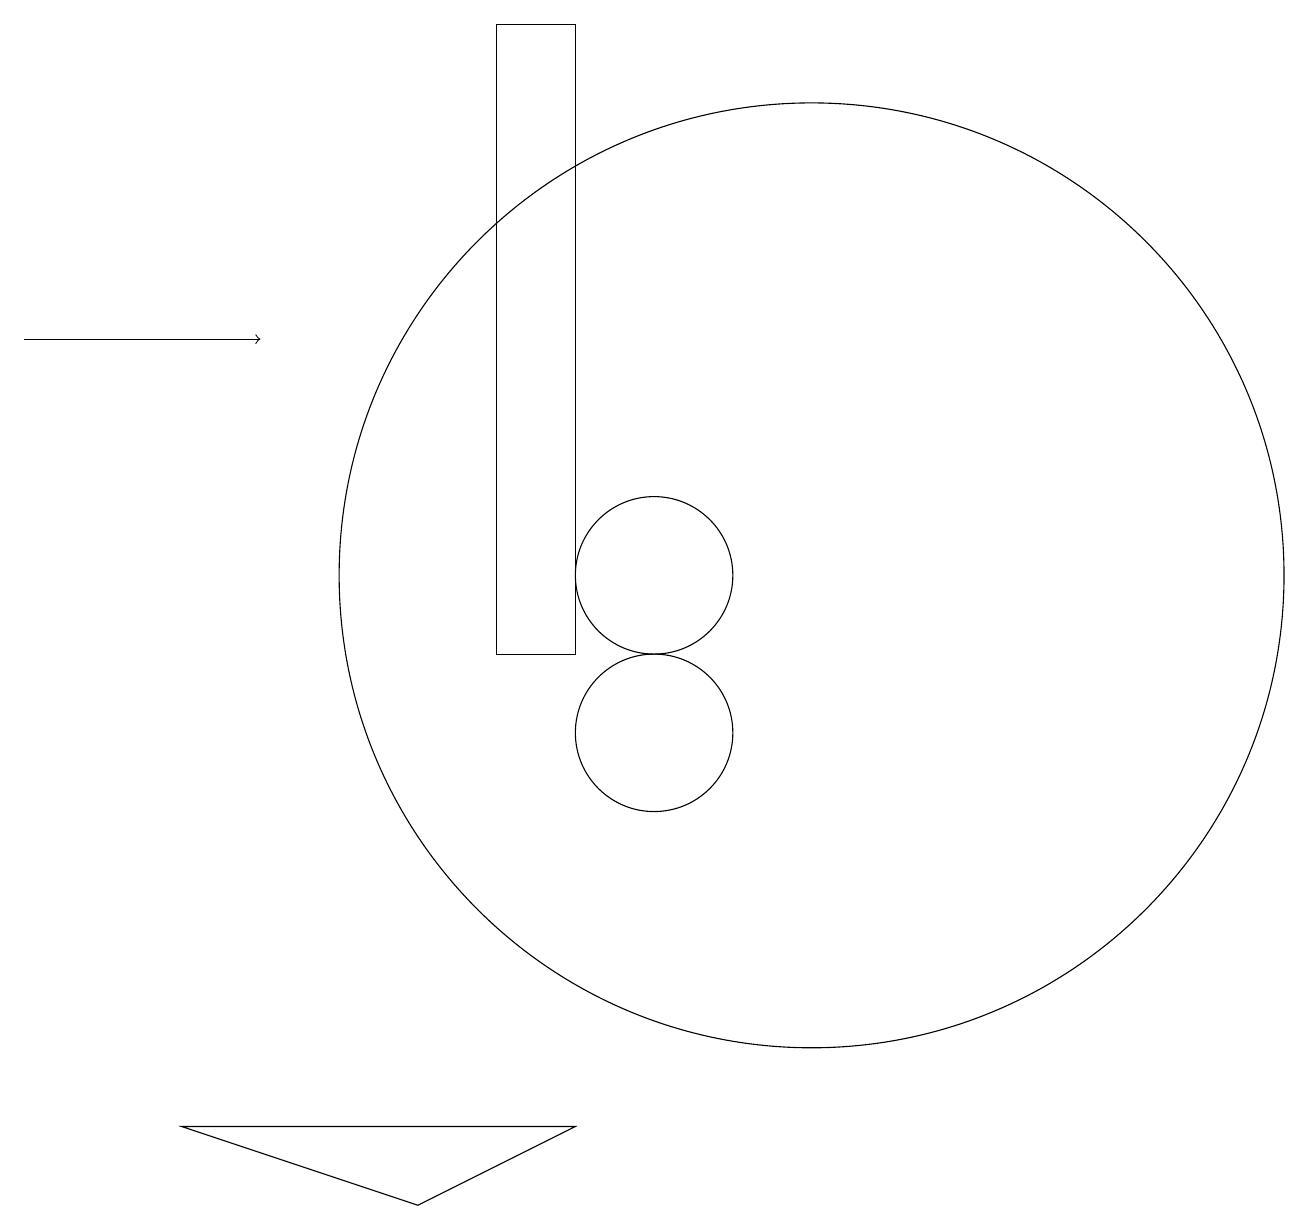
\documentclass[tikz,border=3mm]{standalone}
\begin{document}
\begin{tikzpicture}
\draw (9,11) rectangle (8,19);
\draw (12,12) circle (6);
\draw (10,12) circle (1);
\draw (9,5) -- (4,5) -- (7,4) -- cycle;
\draw (10,10) circle (1);
\draw[->] (2,15) -- (5,15);
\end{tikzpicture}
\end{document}